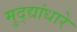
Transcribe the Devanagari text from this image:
मुद्द्यांधारे